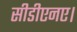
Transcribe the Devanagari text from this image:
सीडीएनए।